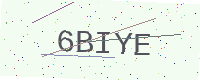
Text: 6BIYE